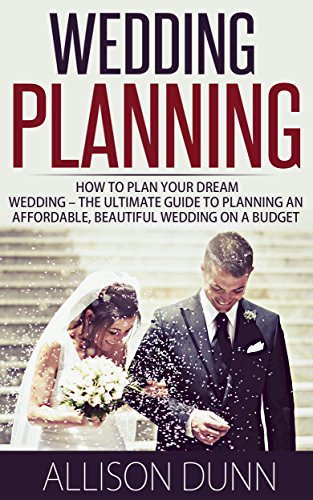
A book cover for Wedding Planning: How To Plan Your Dream Wedding - The Ultimate Guide To Planning An Affordable, Beautiful Wedding On A Budget (Wedding, Wedding Ideas Decorations, Wedding Budget); Allison Dunn; Crafts, Hobbies & Home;